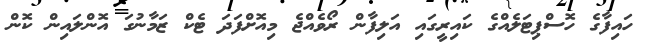
ހައިފާގެ ހޮސްޕިޓަލެއްގެ ކައިރީގައި އަލިފާން ރޯވެއްޖެ މިއޮށްފަދަ ޓެކް ޒަމާނުގަ އޮންލައިން ކޮން